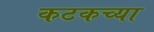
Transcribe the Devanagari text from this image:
कटकच्या